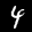
Label: 4